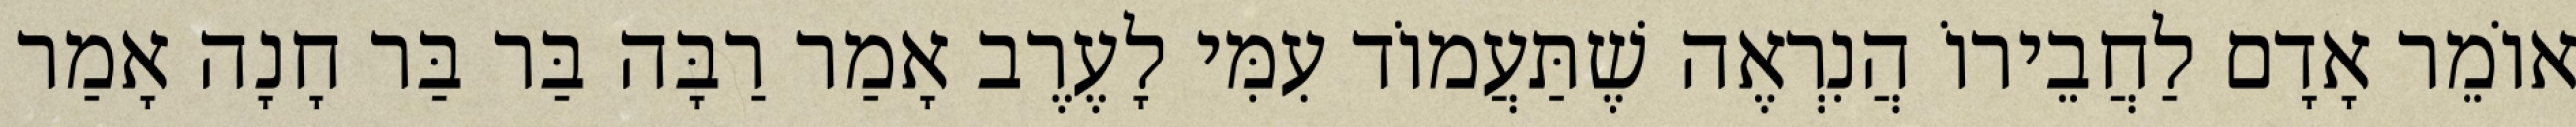
אוֹמֵר אָדָם לַחֲבֵירוֹ הֲנִרְאֶה שֶׁתַּעֲמוֹד עִמִּי לָעֶרֶב אָמַר רַבָּה בַּר בַּר חָנָה אָמַר